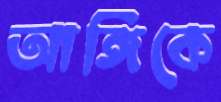
আঙ্গিকে